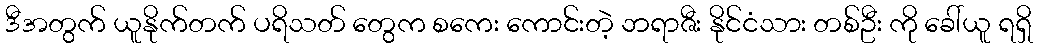
ဒီအတွက် ယူနိုက်တက် ပရိသတ် တွေက စကေး ကောင်းတဲ့ ဘရာဇီး နိုင်ငံသား တစ်ဦး ကို ခေါ်ယူ ရရှိ